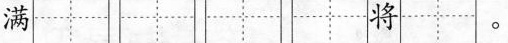
满将。